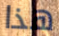
هذا